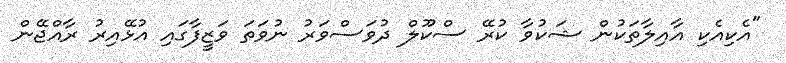
"އެކިއެކި އާއިލާތަކުން ޝަކުވާ ކުރޭ ސްކޫލް ދުވަސްވަރު ނުވަތަ ވަޒީފާގައި އުޅޭއިރު ރާއްޖޭން